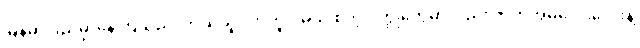
မြန်မာပြည်မှာနေကြသည်၊ ဘယ်သူ လာကူပါ့မယ် စတဲ့ ဝတ္ထုတွေမှာလည်း ဇာတ်အိမ်လေးလေးနဲ့